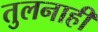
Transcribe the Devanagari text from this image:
तुलनाही